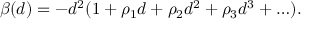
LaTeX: \beta ( d ) = - d ^ { 2 } ( 1 + \rho _ { 1 } d + \rho _ { 2 } d ^ { 2 } + \rho _ { 3 } d ^ { 3 } + \ldots ) .